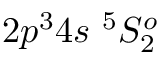
{ 2 p ^ { 3 } 4 s ~ ^ { 5 } S _ { 2 } ^ { o } }